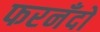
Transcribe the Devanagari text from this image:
फरनँदो